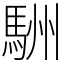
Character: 駲